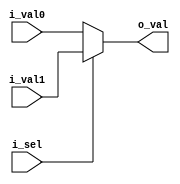
module mux(input wire i_sel, i_val0, i_val1, output wire o_val);
assign o_val = i_sel?i_val1:i_val0;
endmodule

module opmux(input wire i_sel, input wire [0:4] i_val0, i_val1, output wire [0:4] o_val);
mux mux_bit0(.i_sel(i_sel), .i_val0(i_val0[0]), .i_val1(i_val1[0]), .o_val(o_val[0]));
mux mux_bit1(.i_sel(i_sel), .i_val0(i_val0[1]), .i_val1(i_val1[1]), .o_val(o_val[1]));
mux mux_bit2(.i_sel(i_sel), .i_val0(i_val0[2]), .i_val1(i_val1[2]), .o_val(o_val[2]));
mux mux_bit3(.i_sel(i_sel), .i_val0(i_val0[3]), .i_val1(i_val1[3]), .o_val(o_val[3]));
mux mux_bit4(.i_sel(i_sel), .i_val0(i_val0[4]), .i_val1(i_val1[4]), .o_val(o_val[4]));
endmodule

module wordmux(input wire i_sel, input wire [0:15] i_val0, i_val1, output wire [0:15] o_val);
mux mux_bit0(.i_sel(i_sel), .i_val0(i_val0[0]), .i_val1(i_val1[0]), .o_val(o_val[0]));
mux mux_bit1(.i_sel(i_sel), .i_val0(i_val0[1]), .i_val1(i_val1[1]), .o_val(o_val[1]));
mux mux_bit2(.i_sel(i_sel), .i_val0(i_val0[2]), .i_val1(i_val1[2]), .o_val(o_val[2]));
mux mux_bit3(.i_sel(i_sel), .i_val0(i_val0[3]), .i_val1(i_val1[3]), .o_val(o_val[3]));
mux mux_bit4(.i_sel(i_sel), .i_val0(i_val0[4]), .i_val1(i_val1[4]), .o_val(o_val[4]));
mux mux_bit5(.i_sel(i_sel), .i_val0(i_val0[5]), .i_val1(i_val1[5]), .o_val(o_val[5]));
mux mux_bit6(.i_sel(i_sel), .i_val0(i_val0[6]), .i_val1(i_val1[6]), .o_val(o_val[6]));
mux mux_bit7(.i_sel(i_sel), .i_val0(i_val0[7]), .i_val1(i_val1[7]), .o_val(o_val[7]));
mux mux_bit8(.i_sel(i_sel), .i_val0(i_val0[8]), .i_val1(i_val1[8]), .o_val(o_val[8]));
mux mux_bit9(.i_sel(i_sel), .i_val0(i_val0[9]), .i_val1(i_val1[9]), .o_val(o_val[9]));
mux mux_bit10(.i_sel(i_sel), .i_val0(i_val0[10]), .i_val1(i_val1[10]), .o_val(o_val[10]));
mux mux_bit11(.i_sel(i_sel), .i_val0(i_val0[11]), .i_val1(i_val1[11]), .o_val(o_val[11]));
mux mux_bit12(.i_sel(i_sel), .i_val0(i_val0[12]), .i_val1(i_val1[12]), .o_val(o_val[12]));
mux mux_bit13(.i_sel(i_sel), .i_val0(i_val0[13]), .i_val1(i_val1[13]), .o_val(o_val[13]));
mux mux_bit14(.i_sel(i_sel), .i_val0(i_val0[14]), .i_val1(i_val1[14]), .o_val(o_val[14]));
mux mux_bit15(.i_sel(i_sel), .i_val0(i_val0[15]), .i_val1(i_val1[15]), .o_val(o_val[15]));
endmodule

module wordmux4(input wire [0:1] i_sel, input wire [0:15] i_val0, i_val1, i_val2, i_val3, output wire [0:15] o_val);
wire [0:15] w_0, w_1;
wordmux mux1(.i_sel(i_sel[1]), .i_val0(i_val0), .i_val1(i_val1), .o_val(w_0));
wordmux mux2(.i_sel(i_sel[1]), .i_val0(i_val2), .i_val1(i_val3), .o_val(w_1));
wordmux mux3(.i_sel(i_sel[0]), .i_val0(w_0), .i_val1(w_1), .o_val(o_val));
endmodule

module mux4 (input wire [0:1] i_sel, input wire [0:3] i_val, output wire o_val);
    wire w_0, w_1;
    mux mux2_0 (i_sel[1], i_val[0], i_val[1], w_0);
    mux mux2_1 (i_sel[1], i_val[2], i_val[3], w_1);
    mux mux2_2 (i_sel[0], w_0, w_1, o_val);
endmodule

module mux8 (input wire [0:2] i_sel, input wire [0:7] i_val, output wire o_val);
    wire w_0, w_1;
    mux4 mux4_0 (i_sel[1:2], i_val[0:3], w_0);
    mux4 mux4_1 (i_sel[1:2], i_val[4:7], w_1);
    mux  mux2_2 (i_sel[0], w_0, w_1, o_val);
endmodule